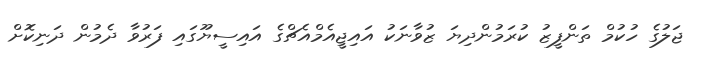
ޖަލުގެ ހުކުމް ތަންފީޒު ކުރަމުންދިޔަ ޒުވާނަކު އައިޖީއެމްއެޗްގެ އައިސީޔޫގައި ފަރުވާ ދެމުން ދަނިކޮށް